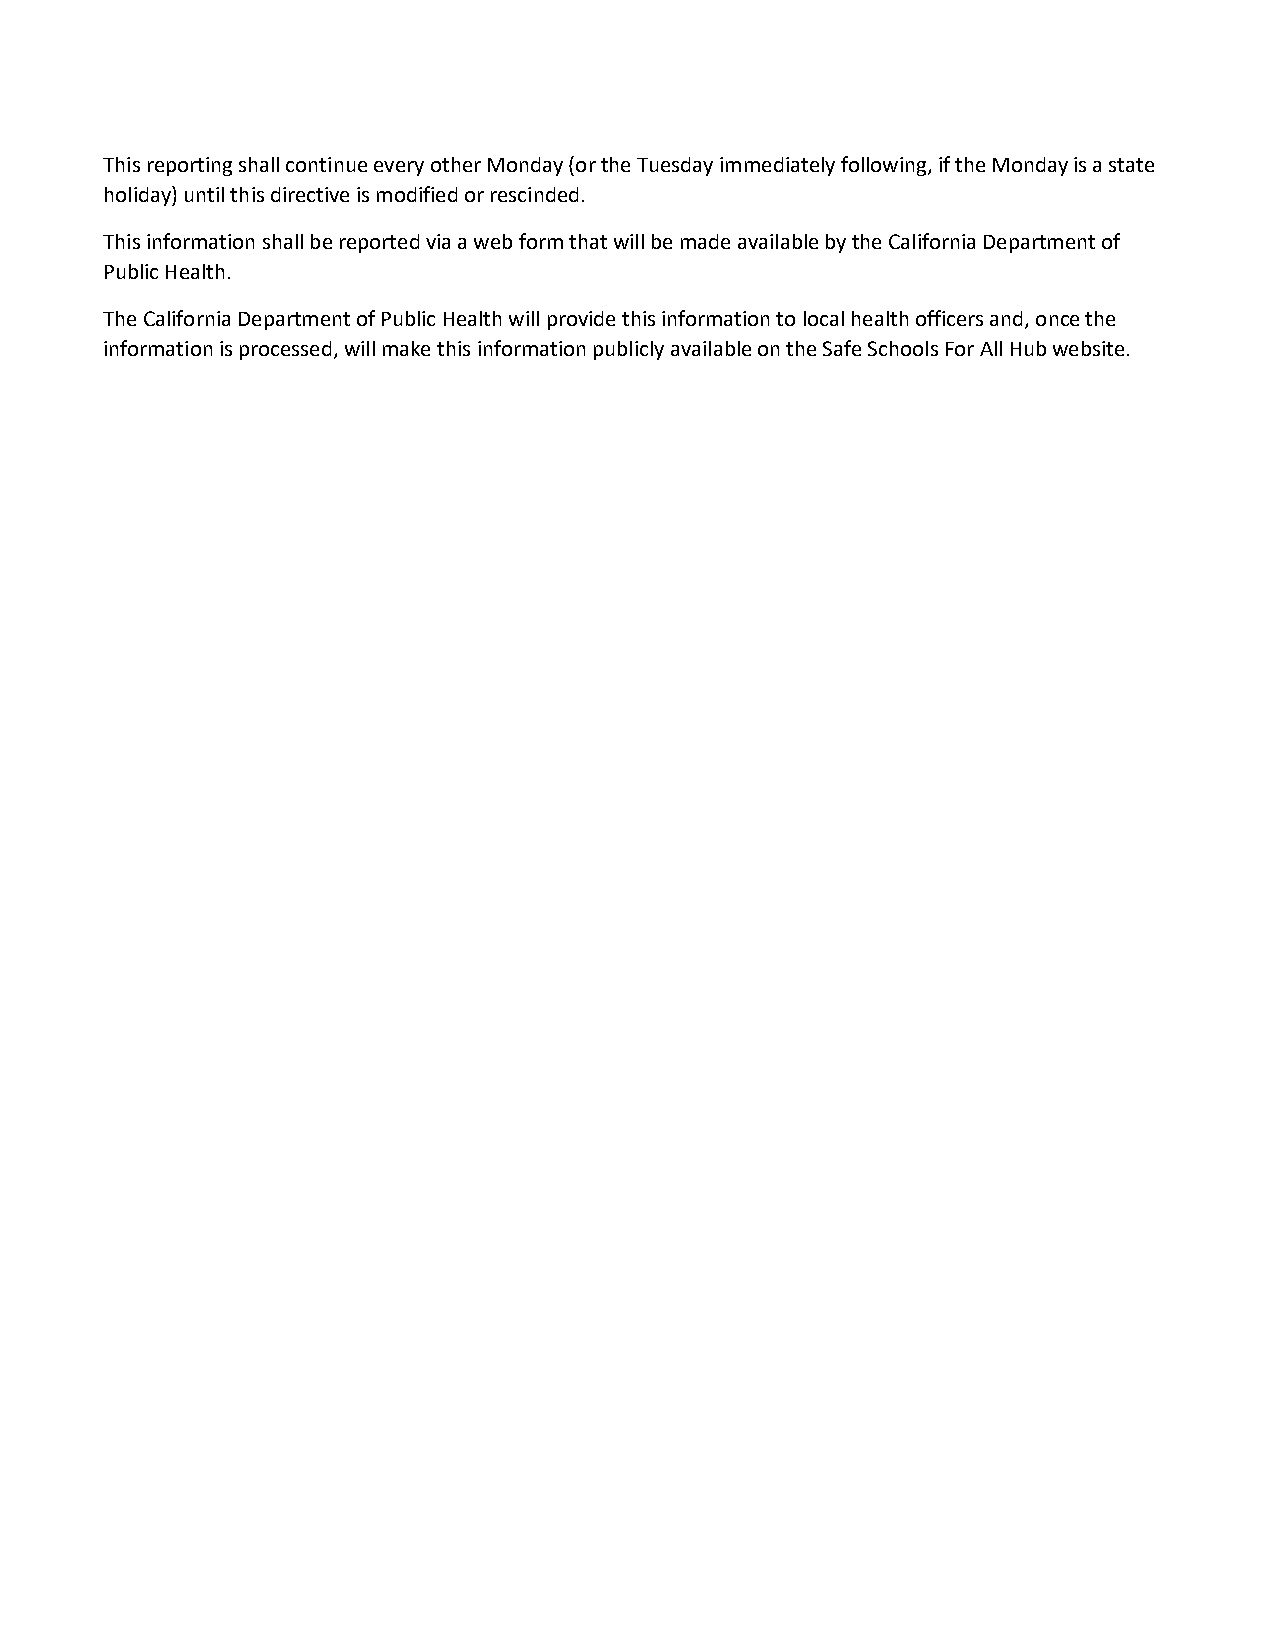
This reporting shall continue every other Monday (or the Tuesday immediately following, if the Monday is a state
 holiday) until this directive is modified or rescinded.
 This information shall be reported via a web form that will be made available by the California Department of
 Public Health.
 The California Department of Public Health will provide this information to local health officers and, once the
 information is processed, will make this information publicly available on the Safe Schools For All Hub website.